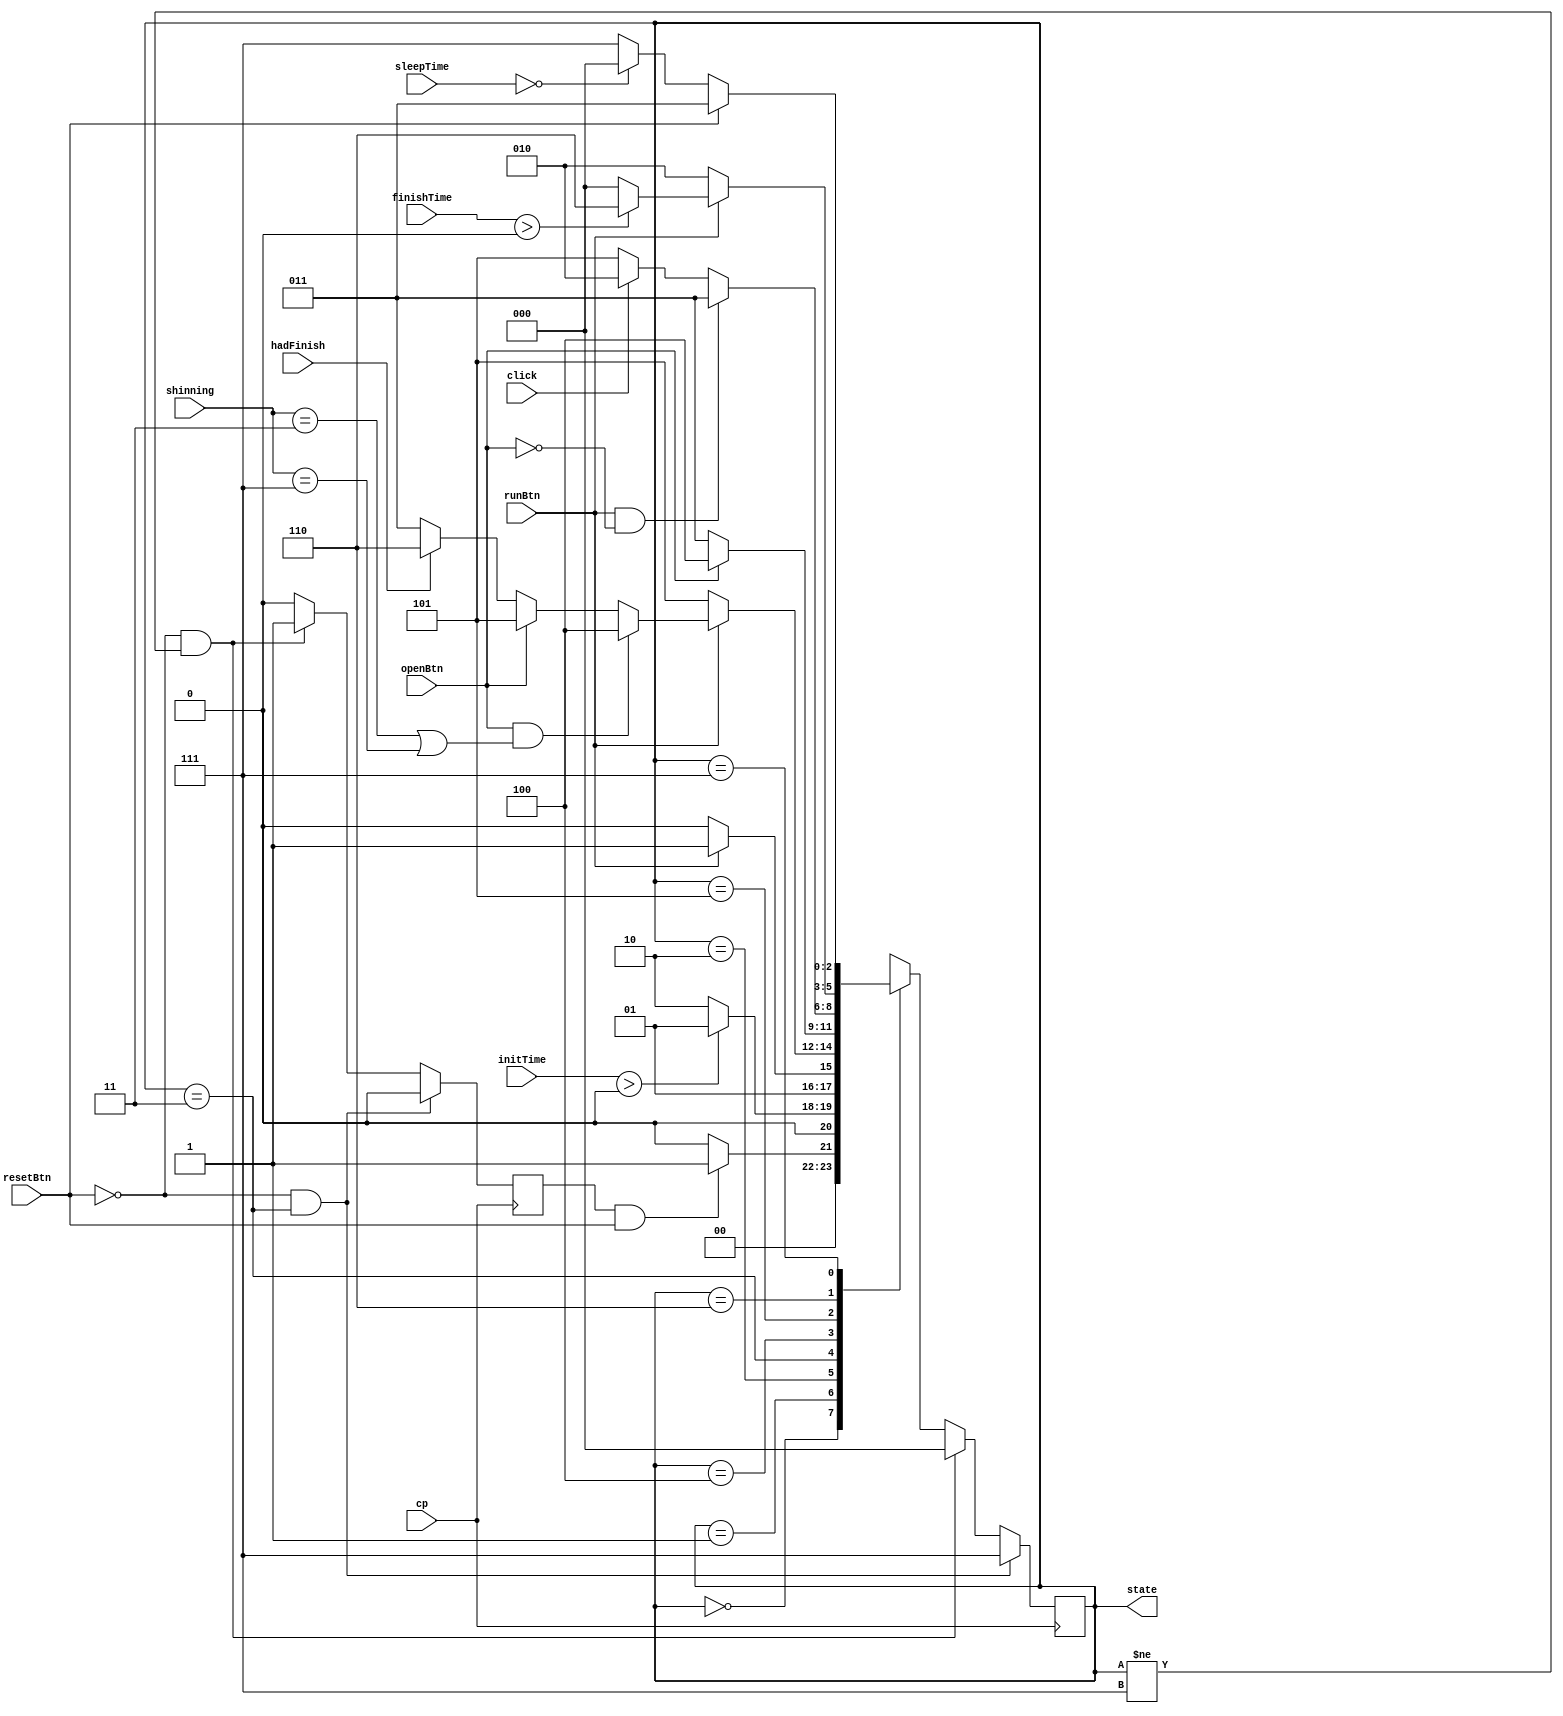
module STController(
  cp, 
  resetBtn, runBtn, openBtn, click,
  hadFinish, 
  initTime, finishTime, sleepTime,
  shinning,
  state
);
    input cp;
    input resetBtn, runBtn, openBtn;
    input click;
    input hadFinish;
    input [2:0] initTime;
    input [2:0] finishTime;
    input [1:0] sleepTime;
    input [2:0] shinning;

    output reg [2:0] state = shutDownST;

    localparam shutDownST = 0, beginST = 1, setST = 2, runST = 3;
    localparam errorST = 4, pauseST = 5, finishST = 6, sleepST = 7;

    reg sleep;

    reg [2:0] nextState;
    always @(posedge cp) begin
      if (resetBtn == 0 && state == runST) begin
        state <= sleepST;
        sleep <= 0;
      end
      else if (resetBtn == 0 && state != sleepST) begin
        state <= shutDownST;
        sleep <= 1;
      end
      else begin
        state <= nextState;
        sleep <= 0;
      end
    end
    always @(*) begin
      case (state)
        shutDownST: begin
          if (sleep && resetBtn) begin
            nextState = beginST;
          end
          else begin
            nextState = shutDownST;
          end
        end
        beginST: begin
          if (initTime > 0) begin
            nextState = beginST;
          end
          else begin
            nextState = setST;
          end
        end
        setST: begin
          if (runBtn) begin
            nextState = runST;
          end
          else begin
            nextState = setST;
          end
        end
        runST: begin
          if (!runBtn) begin
            nextState = pauseST;
          end
          else if (openBtn && (shinning == 3 || shinning == 7)) begin
            nextState = errorST;
          end
          else if (openBtn) begin
            nextState = pauseST;
          end
          else if (hadFinish) begin
            nextState = finishST;
          end
          else begin
            nextState = runST;
          end
        end
        errorST: begin
          if (openBtn) begin
            nextState = errorST;
          end
          else begin
            nextState = runST;
          end
        end
        pauseST: begin
          if (runBtn && !openBtn) begin
            nextState = runST;
          end
          else if (click) begin
            nextState = setST;
          end
          else if (openBtn) begin
            nextState = pauseST;
          end
          else begin
            nextState = pauseST;
          end
        end
        finishST: begin
          if (runBtn == 0) begin
            nextState = setST;
          end
          else if (finishTime > 0) begin
            nextState = finishST;
          end
          else begin
            nextState = shutDownST;
          end
        end
        sleepST: begin
          if (resetBtn) begin
            nextState <= runST;
          end
          else if (sleepTime == 0) begin
            nextState <= shutDownST;
          end
          else begin
            nextState <= sleepST;
          end
        end
      endcase
    end
endmodule